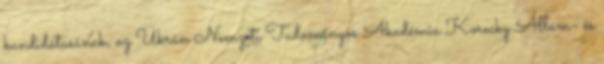
kandidátusának, az Ukrán Nemzeti Tudományos Akadémia Korecky Állam- és